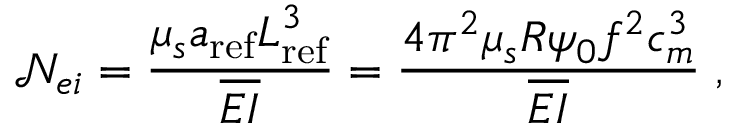
\mathcal { N } _ { e i } = \frac { \mu _ { s } a _ { \mathrm { r e f } } L _ { \mathrm { r e f } } ^ { 3 } } { \overline { { E I } } } = \frac { 4 \pi ^ { 2 } \mu _ { s } R \psi _ { 0 } f ^ { 2 } c _ { m } ^ { 3 } } { \overline { { E I } } } \; ,